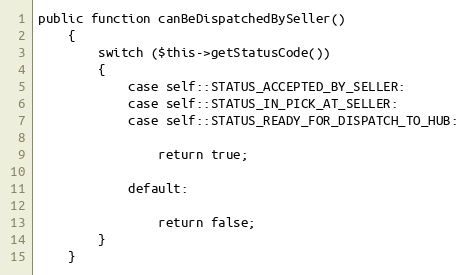
Language: PHP
public function canBeDispatchedBySeller()
    {
        switch ($this->getStatusCode())
        {
            case self::STATUS_ACCEPTED_BY_SELLER:
            case self::STATUS_IN_PICK_AT_SELLER:
            case self::STATUS_READY_FOR_DISPATCH_TO_HUB:

                return true;

            default:

                return false;
        }
    }